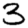
Digit: 3